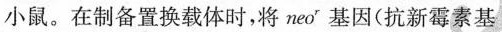
小鼠。在制备置换载体时，将neo^{r}基因(抗新霉素基